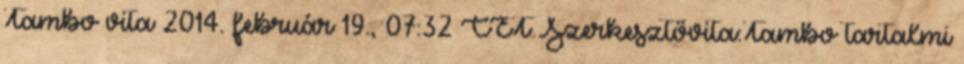
Tambo vita 2014. február 19., 07:32 CET Szerkesztővita:Tambo tartalmi